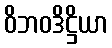
ဝိဘဝဒိဋ္ဌိယာ